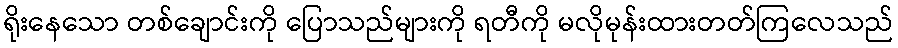
ရိုးနေသော တစ်ချောင်းကို ပြောသည်များကို ရတီကို မလိုမုန်းထားတတ်ကြလေသည်